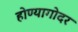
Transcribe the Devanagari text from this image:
होण्यागोदर